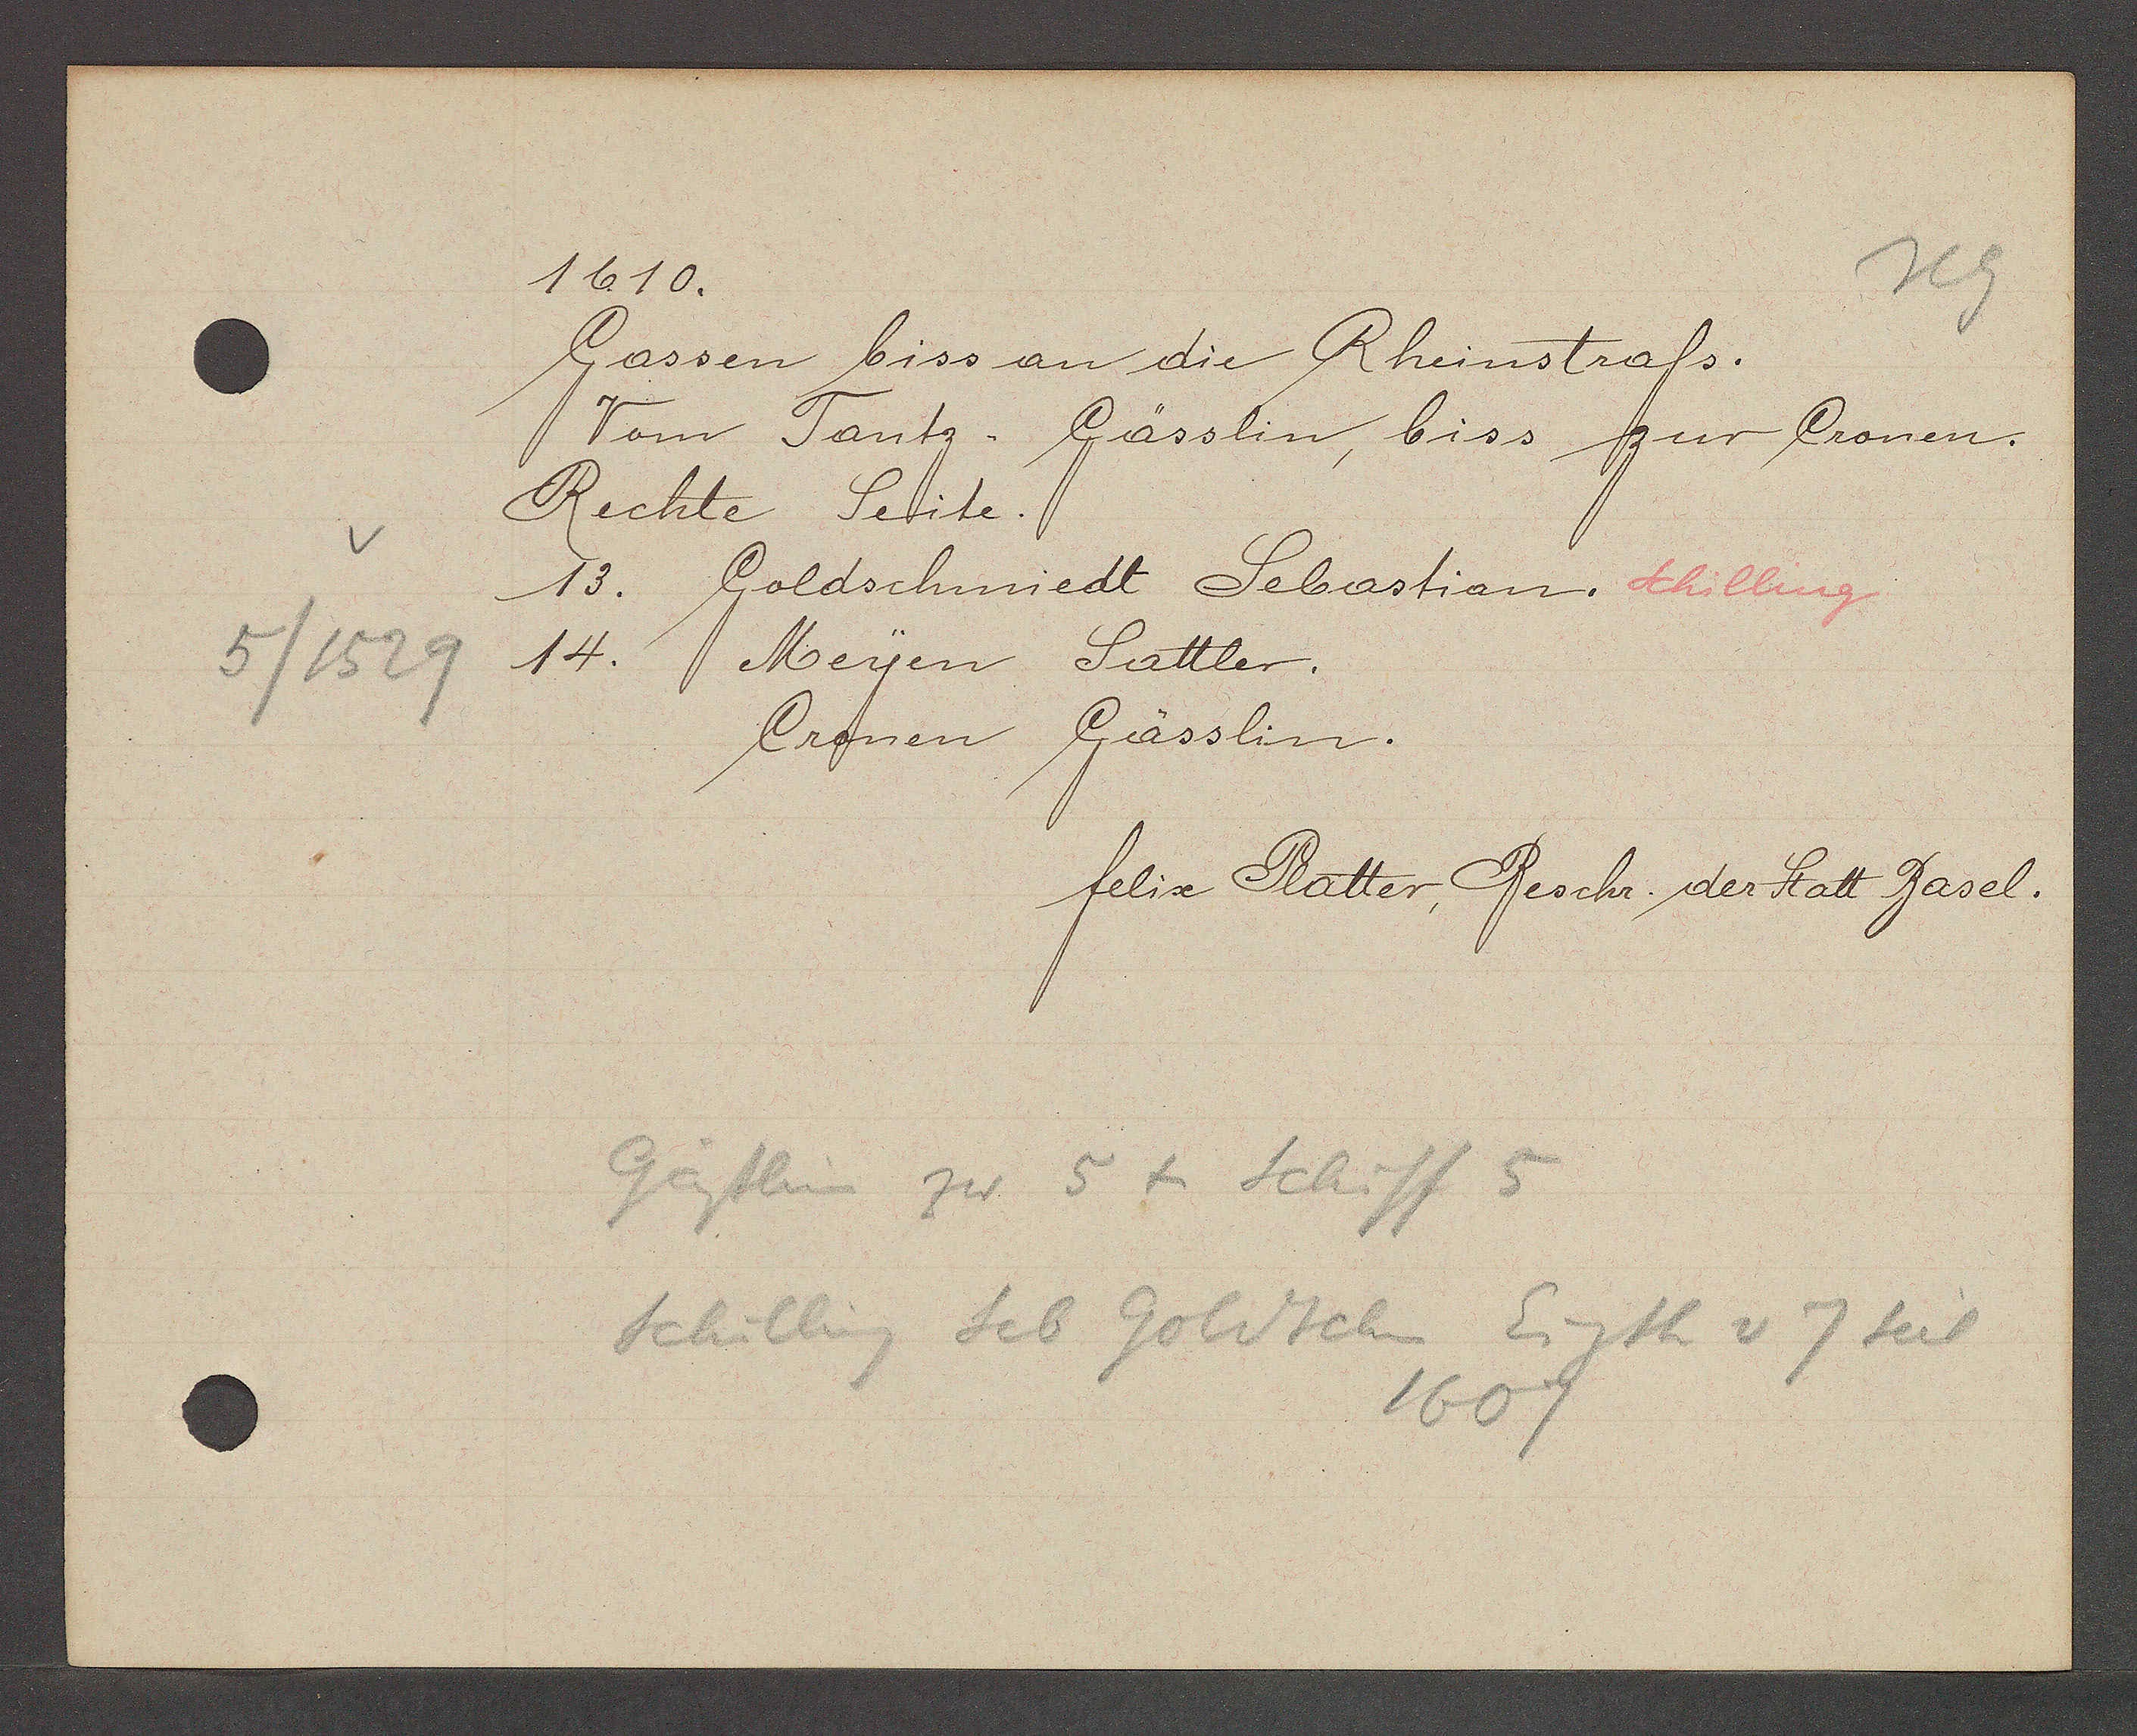
Transcript:
5/1529

1610.

Gassen biss an die Rheinstrass.
Vom Tantz Gässlin, biss zur Cronen.
Rechte Seite.
13. Goldschmiedt Sebastian. Schilling
14.
Meyen Sattler.
Cronen Gässlin.

felix Platter, Beschr. der Statt Basel.

gässlin zur 5 + Schiff 5
Schilling seb Goldschm Eigth v 7 seit
1607